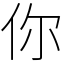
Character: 你